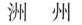
洲州